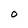
Character: O